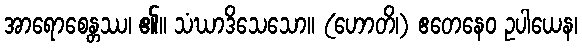
အာရောစေန္တဿ၊ ၏။ သံဃာဒိသေသော။ (ဟောတိ၊) ဧတေနေဝ ဥပါယေန၊